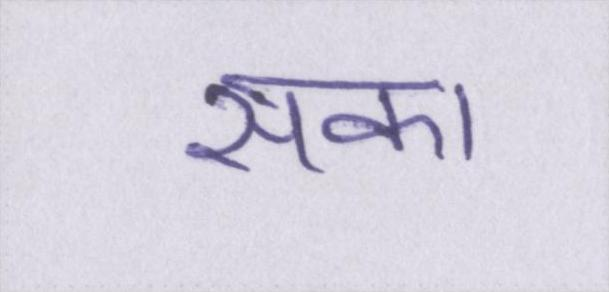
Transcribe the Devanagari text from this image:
सका